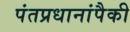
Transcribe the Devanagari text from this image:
पंतप्रधानांपैकी